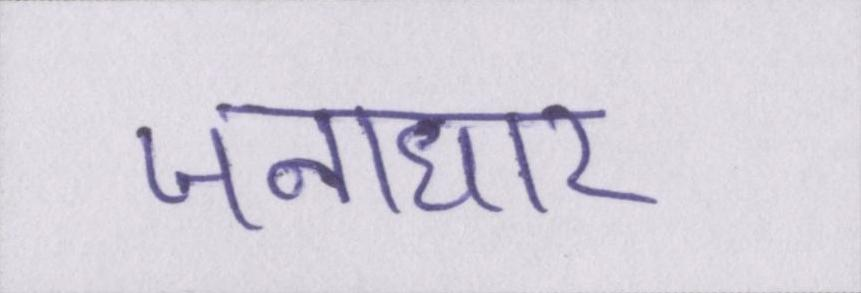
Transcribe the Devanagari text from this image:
जनाधार